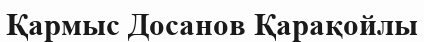
Қармыс Досанов Қарақойлы